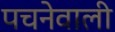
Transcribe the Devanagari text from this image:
पचनेवाली